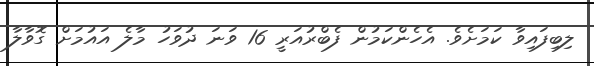
ލިބިފައިވާ ކަމަށެވެ. އެހެންކަމުން ފެބްރުއަރީ 16 ވަނަ ދުވަހު މާލެ އައުމަށް ގޮވާލާ